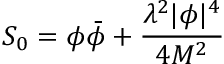
S _ { 0 } = \phi \bar { \phi } + \frac { \lambda ^ { 2 } | \phi | ^ { 4 } } { 4 M ^ { 2 } }